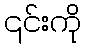
၎င်းကို